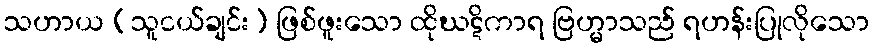
သဟာယ (သူငယ်ချင်း) ဖြစ်ဖူးသော ထိုဃဋိကာရ ဗြဟ္မာသည် ရဟန်းပြုလိုသော